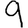
Digit: 9